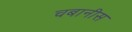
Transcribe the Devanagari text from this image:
चबानीस